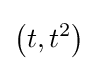
\left(t,t^{2}\right)